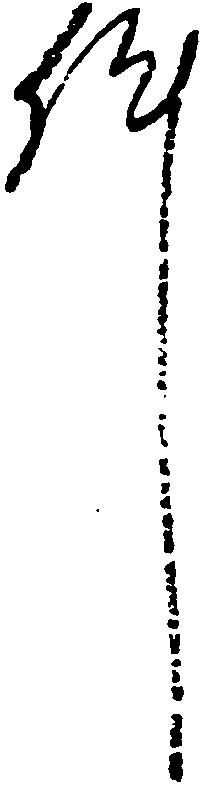
件